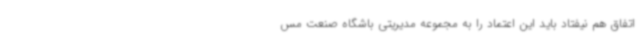
اتفاق هم نیفتاد باید این اعتماد را به مجموعه مدیریتی باشگاه صنعت مس